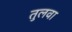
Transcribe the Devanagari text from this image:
तुलवा